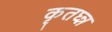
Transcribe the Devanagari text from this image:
कृतघ्न्न